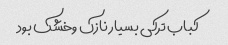
کباب ترکی بسیار نازک وخشک بود